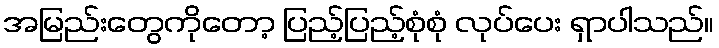
အမြည်းတွေကိုတော့ ပြည့်ပြည့်စုံစုံ လုပ်ပေး ရှာပါသည်။